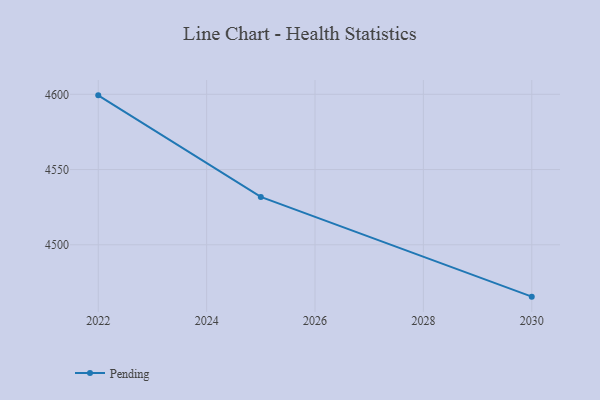
{"axis": {"x": "Year", "y": "Latency (ms)"}, "legend": ["Pending"], "data": [{"x": "2022", "y": 4599.3, "type": "Pending"}, {"x": "2025", "y": 4531.8, "type": "Pending"}, {"x": "2030", "y": 4465.5, "type": "Pending"}]}